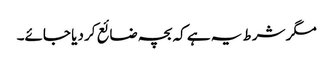
مگر شرط یہ ہے کہ بچہ ضائع کر دیا جائے۔